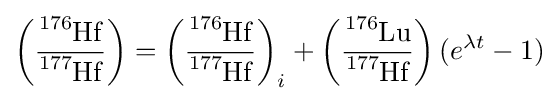
\left({\frac {{\ce {^{176}Hf}}}{{\ce {^{177}Hf}}}}\right)=\left({\frac {{\ce {^{176}Hf}}}{{\ce {^{177}Hf}}}}\right)_{i}+\left({\frac {{\ce {^{176}Lu}}}{{\ce {^{177}Hf}}}}\right)(e^{\lambda t}-1)